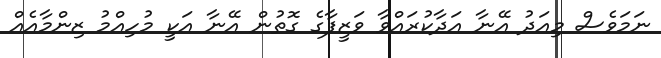
ނަމަވެސް މިއަދު އޭނާ އަދާކުރައްވާ ވަޒީފާގެ ގޮތުން އޭނާ އަކީ މުހިއްމު ޒިންމާއެއް